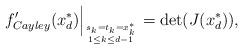
LaTeX: \begin{align*}f_{Cayley}'(x_d^{\ast}) \Big|_{\genfrac{}{}{0pt}{}{s_k = t_k = x_k^{\ast}}{1\leq k\leq d-1}} = {\rm det}(J(x_d^{\ast})),\end{align*}